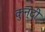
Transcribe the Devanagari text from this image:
कुन्दी